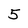
Character: 5